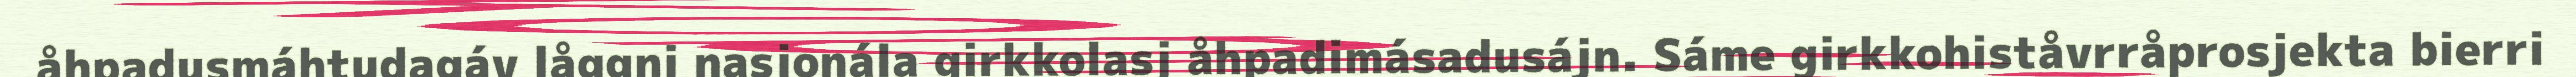
åhpadusmáhtudagáv låggŋi nasjonála girkkolasj åhpadimásadusájn. Sáme girkkohiståvrråprosjekta bierri